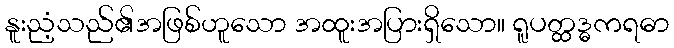
နူးညံ့သည်၏အဖြစ်ဟူသော အထူးအပြားရှိသော။ ရူပတ္ထဒ္ဓကရဓာ